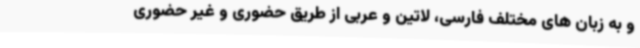
و به زبان های مختلف فارسی، لاتین و عربی از طریق حضوری و غیر حضوری